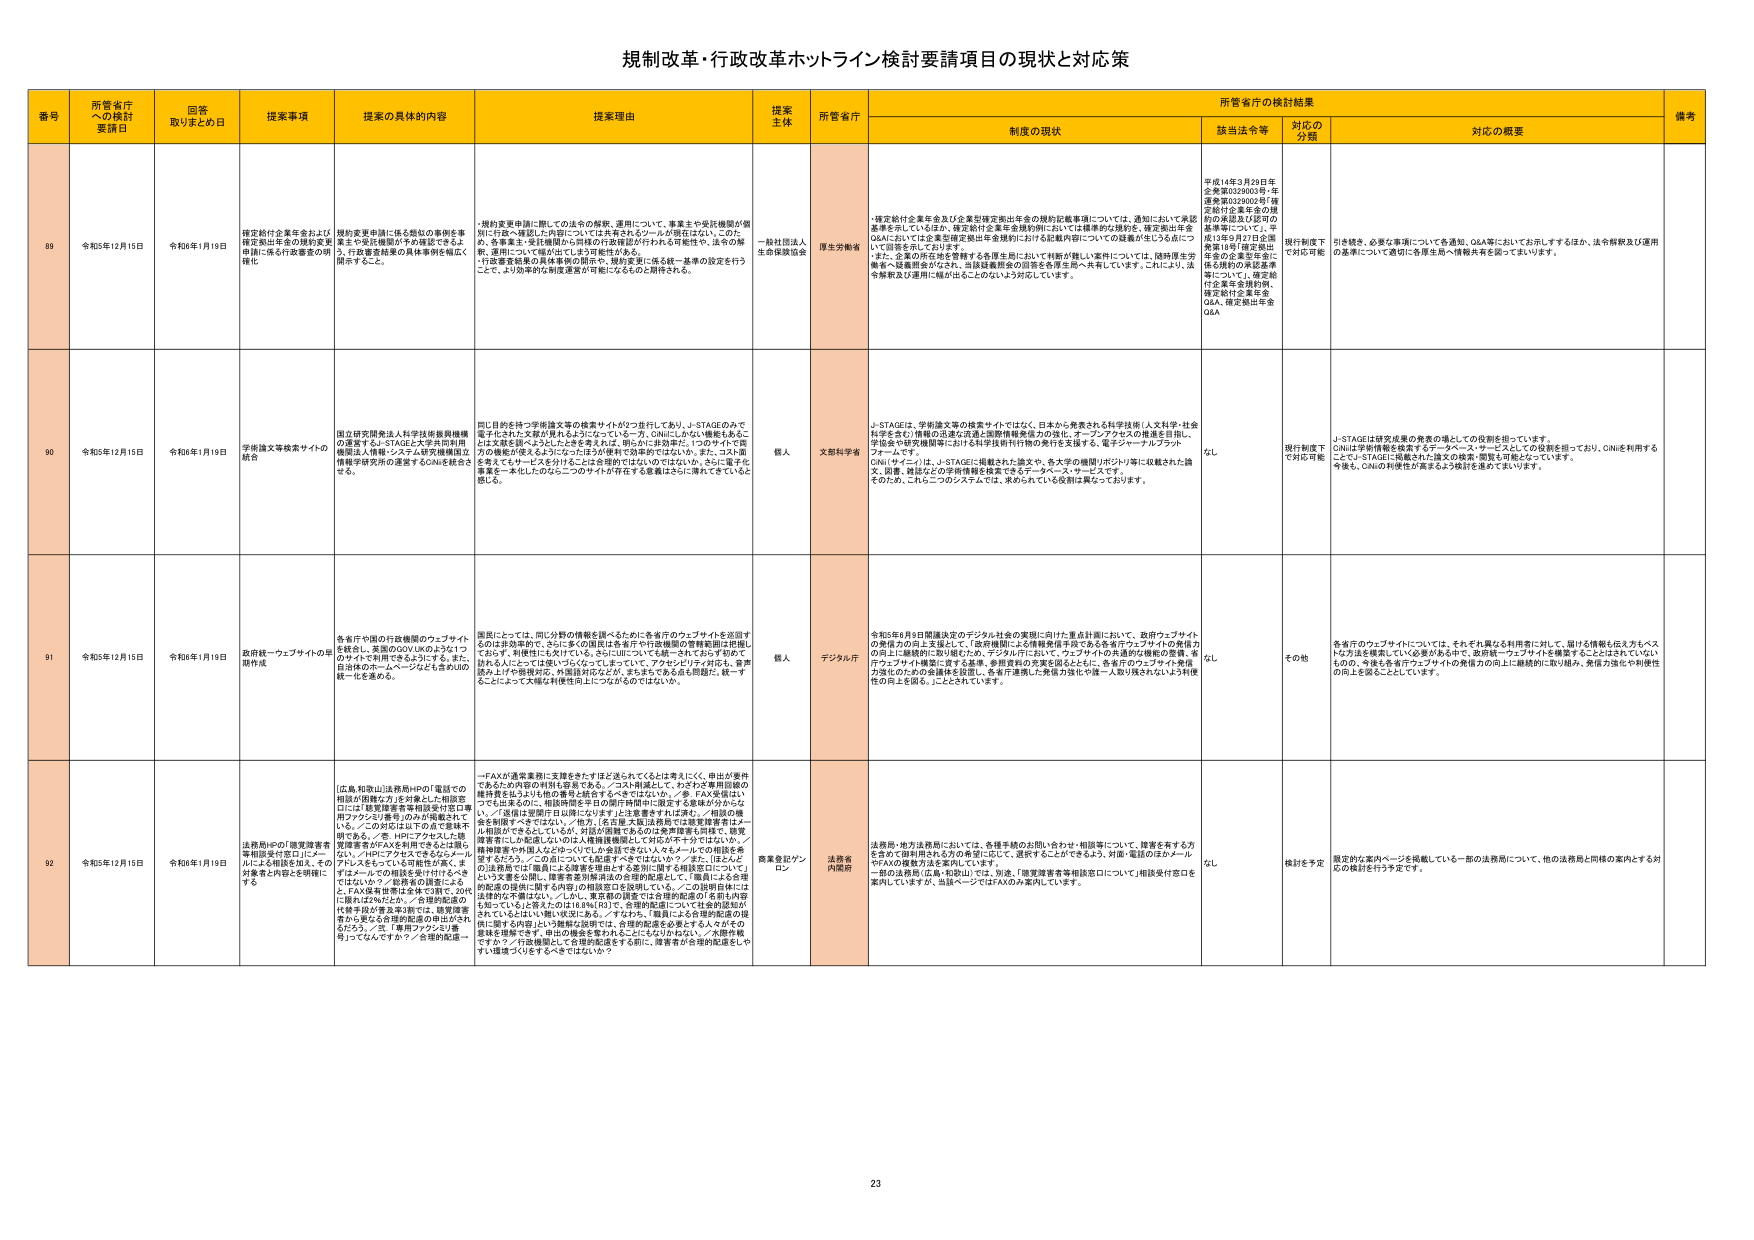
規制改革・行政改革ホットライン検討要請項目の現状と対応策

番号 所管省庁への検討要請日 回答取りまとめ日 提案事項 提案の具体的内容 提案理由 提案主体 所管省庁 制度の現状 所管省庁の検討結果 備考
該当法令等 対応の分類 対応の概要

89 令和5年12月15日 令和6年1月19日 確定給付企業年金および確定拠出年金の規約変更申請に係る行政審査の明確化 規約変更申請に係る類似の事例を事業主や委託機関が予め確認できるよう、行政審査結果の具体事例を幅広く開示すること。 ・規約変更申請に関しての法令の解釈、運用について、事業主や委託機関が個別に行政へ確認した内容については共有されるツールが現在はない。このため、各事業主・委託機関から同様の行政確認が行われる可能性や、法令の解釈、運用について誤解が生じる可能性がある。 ・行政審査結果の具体事例の開示や、規約変更に係る統一基準の設定を行うことで、より効率的な制度運営が可能になるものと期待される。 一般社団法人 企業価値協会 厚生労働省 ・確定給付企業年金及び企業型確定拠出年金の規約記載事項については、通知において承認基準を示しているほか、確定給付企業年金規約例においては標準的な規約を、確定拠出年金Q&Aにおいては企業型確定拠出年金規約における記載内容についての疑義が生じうる点について回答を示しております。 ・また、企業の年金制度を整備する各厚生局において相談が難しい案件については、随時厚生労働省へ疑義照会がなされ、当該疑義照会の回答を各厚生局へ共有しています。これにより、法令解釈及び運用に幅が出ることのないよう対応しています。 平成14年3月29日年企発第0329003号・年企発第0329002号「確定給付企業年金の規約の承認及び認可の基準等について」、平成13年9月27日企発第18号「確定拠出年金の企業型年金に係る規約の承認基準等について」、確定給付企業年金規約例、確定給付企業年金Q&A、確定拠出年金Q&A 現行制度下で対応可能 引き続き、必要な事例について各通知、Q&A等においてお示しするほか、法令解釈及び運用の基準について適切に各厚生局へ情報共有を図ってまいります。

90 令和5年12月15日 令和6年1月19日 手続論文等検索サイトの統合 国立研究開発法人科学技術振興機構の運営するJ-STAGEと大学共同利用機関法人情報・システム研究機構国立情報学研究所の運営するCiNiiを統合させる。 同じ目的を持つ学術論文等の検索サイトが2つ並存しており、J-STAGEのみで電子化された文献が見れるようになっている一方、CiNiiにはない情報もある。また学術を図っている以上はを含まされ、例えば、非効率性、1つのサイトで目的機能が使えるようになっておりが現状で効率的ではない。また、コスト面を考えてセーブとそういえば、この合併はではないのではないか。さらに電子化事業一本化したのなら二つのサイトが存在する意義はさらに薄れてきていると感じる。 個人 文部科学省 J-STAGEは、学術論文等の検索サイトではなく、日本から発表される科学技術（人文科学・社会科学を含む）情報の迅速な流通と国際情報発信力の強化、オープンアクセスの推進を目的に、学協会や研究機関等における科学技術刊行物の発行を支援する、電子ジャーナルプラットフォームです。 CiNii（サイニィ）は、J-STAGEに掲載された論文や、各大学の機関リポジトリ等に収載された論文、図書、雑誌などの学術情報を検索できるデータベース・サービスです。 そのため、これら二つのシステムでは、求められている役割は異なっております。 なし 現行制度下で対応可能 J-STAGEは研究成果の発表の場としての役割を担っています。 CiNiiは学術情報を集めるデータベース・サービスとしての役割を担っており、CiNiiを利用するとJ-STAGEに掲載された論文の検索・閲覧も可能となっています。 今後も、CiNiiの利便性が高まるよう検討を進めてまいります。

91 令和5年12月15日 令和6年1月19日 政府統一ウェブサイトの早期作成 各省庁の国の行政機関のウェブサイトを統合し、希望のGOV.UKのように一つのサイトで利用できるようにする。また、自治体のホームページなども含めJUD統一化を進める。 国民にとっては、同じ分野の情報を調べるために各省庁のウェブサイトを巡回するのは非効率的で、さらに多くの国民は各省庁や行政機関の管轄範囲は把握しておらず、利便性にも欠けている。さらには、いつでも調べておらず知りたい情報を入力して一括で探していることによって、アクセスリテラシーが低く、言葉読み上げや視覚対応、外国語対応などが、またまたある点も問題だ。統一することによって大幅な利便性向上につながるのではないか。 個人 デジタル庁 令和5年6月9日閣議決定のデジタル社会の実現に向けた重点計画において、政府ウェブサイトの利用力の向上支援として、「政府機関による情報提供手段である各省庁ウェブサイトの発信力の向上に継続的に取り組むほか、デジタル庁において、ウェブサイトの共通的な機能の整備、省庁ウェブサイト構築に資する基準、参画資料の充実を図るとともに、各省庁のウェブサイト発信力強化のための会議体を設置し、各省庁連携した発信力強化や誰一人取り残されないよう利便性の向上を図る。」こととされています。 なし その他 各省庁のウェブサイトについては、それぞれ異なる利用者に対して、届ける情報を伝え方もベストな方法を模索していく必要がある中で、政府統一ウェブサイトを構築することはされていないものの、今後も各省庁ウェブサイトの発信力の向上に継続的に取り組み、発信力強化や利便性の向上を図ることとしています。

92 令和5年12月15日 令和6年1月19日 法務局への「履歴調査者等相談受付窓口」にメールによる相談を加え、その対象者と内容を明確にする [広島、和歌山]法務局HPの「電話での相談が困難な方」を対象とした相談窓口には「履歴調査者等相談受付窓口専用アカウント」番号のみが掲載されて いる。／この対応は以下の点で課題が ある。／※、HPにアカウントと相 質問者等がFAXを利用できるとは謳っ ない。／HPにアカウントであるメール アドレスをもっている可能性が高く、ま ずはメールでの相談を受け付けるべき ではないか？／履歴者の調査による と、FAX保有率は全体で3割で、20代 に限れば2%とわかる。／合理的配慮の 代替手段が著る事例では、聴覚障害 者から更なる合理的配慮の申出がされ るだろう。／※「専用アカウント」番 号」ってなんですか？／合理的配慮 すべき選択肢を広げるべきではないか？ 一FAXが通常業務に支障をきたすほど送られてくるとは考えにくい。申出が要件であるため内容の利害も容易である。／コスト削減として、わざわざ専用回線の維持費を払うよりも他の番号と統合するべきではないか。／※、FAXを届け、 っても出来るのに、相談時間と平日の開庁時間中に限定する意味が分からな い。／送信は常開庁日以降になります」を注意書きすれば済む。／相談の機 会を制限すべきではない。／他方、「在留基本届」送付後の履歴調査者とメー ル相談ができないとしが、対話が困難であるのは発声障害も同様で、聴覚 障害者にも加筆しないのは人権擁護機関として不正な不十分ではないか。／ 権利侵害や外国人などがついていかない状況でないか。そもそもメールでの相談を希 望するだろう。／この点についても配慮すべきではないか？／また、「法とと び法務局では「職員による障害者相談とする事例に関する相談窓口について」 という文書を公開し、障害者差別解消法の合理的配慮として、「職員による合理 的配慮の提供に関する内容」の相談窓口は設置している。／この相談窓口は 法律的な不備はない。しかし、実質的課題では合理的配慮の「名前も内容 も知っている」と答えたのは18.8％(N)で、合理的配慮については全的認知が されていないといい難い状況にある。／すなわち、「職員による合理的配慮の提 供に関する内容」という理解と説明では、合理的配慮を必要とする人々がその 意味を理解できず、申出の機会を奪われることになりかねない。／合理的配慮 ですが？／行政機関として合理的配慮をする前に、障害者が合理的配慮をしや すい選択肢を広げるべきではないか？ 商業登記プラン ロン 法務省 内閣府 法務局・地方法務局においては、各種手続のお問い合わせ・相談等について、障害を有する方を含めて個別相談を、各法務局において、運営することができるよう、対面・電話のほかメールやFAXの複数方法を実施しています。 一部の法務局（広島・和歌山）では、別途、「履歴調査者等相談窓口について」相談受付窓口を案内していますが、当該ページではFAXのみ案内しています。 なし 検討を予定 規定的な案内ページを掲載している一部の法務局について、他の法務局と同様の案内とする対応の検討を行う予定です。

23